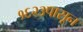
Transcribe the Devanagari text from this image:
१६२३पासून